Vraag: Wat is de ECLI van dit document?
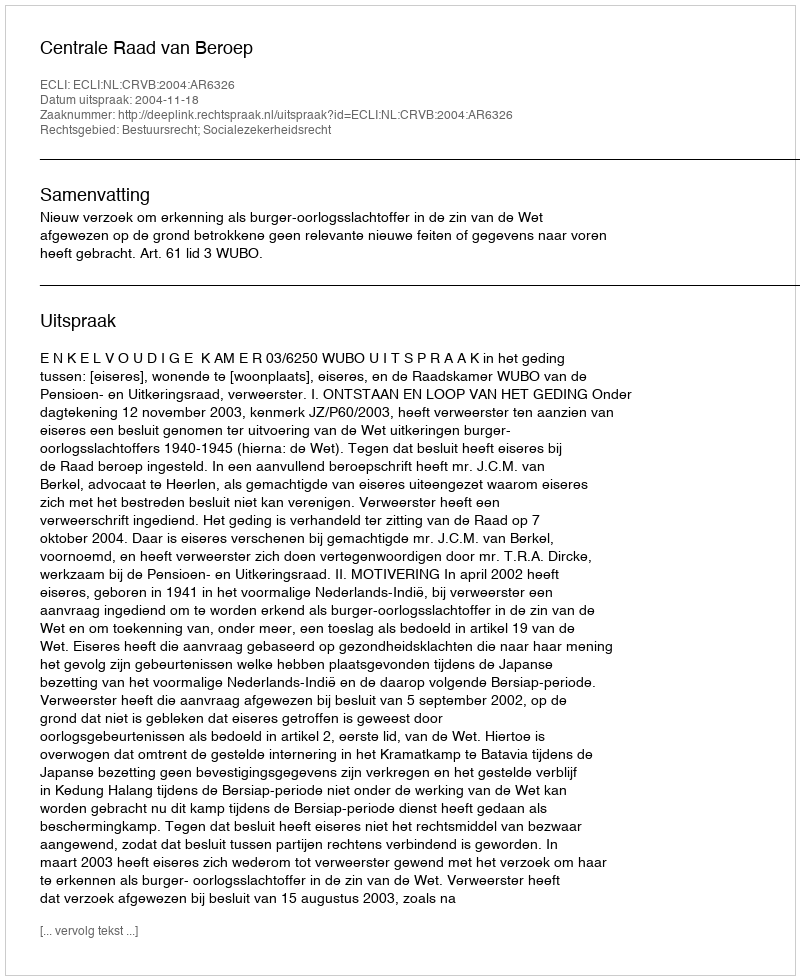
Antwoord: ECLI:NL:CRVB:2004:AR6326